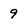
Character: 9